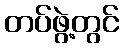
တပ်ဖွဲ့တွင်